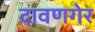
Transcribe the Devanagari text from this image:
दावणगेर